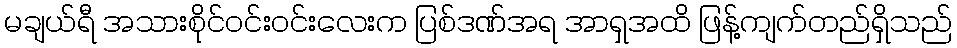
မချယ်ရီ အသားစိုင်ဝင်းဝင်းလေးက ပြစ်ဒဏ်အရ အာရှအထိ ဖြန့်ကျက်တည်ရှိသည်